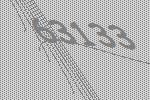
63133